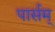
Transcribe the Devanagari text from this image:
पार्सम्